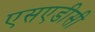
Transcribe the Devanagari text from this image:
एसएडीसी